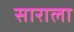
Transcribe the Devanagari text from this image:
साराला